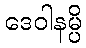
ဒေဝါနမ္ပိ